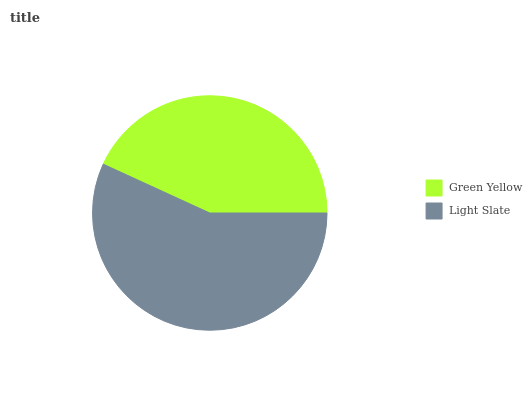
| Green Yellow | Light Slate |
 | --- | --- |
 | 43.2% | 56.8% |